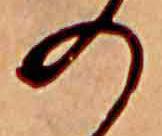
の